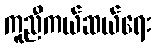
ကူညီကယ်ဆယ်ရေး